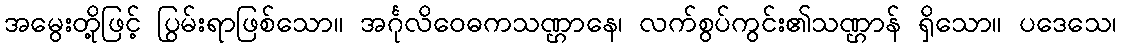
အမွေးတို့ဖြင့် ပြွမ်းရာဖြစ်သော။ အင်္ဂုလိဝေဓကသဏ္ဌာနေ၊ လက်စွပ်ကွင်း၏သဏ္ဌာန် ရှိသော။ ပဒေသေ၊